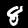
Label: 8